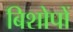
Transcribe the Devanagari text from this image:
बिशोपों